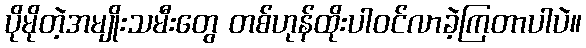
ပိုမိုတဲ့အမျိုးသမီးတွေ တစ်ဟုန်ထိုးပါဝင်လာခဲ့ကြတာပါပဲ။